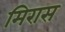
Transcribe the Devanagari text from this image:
मिरास